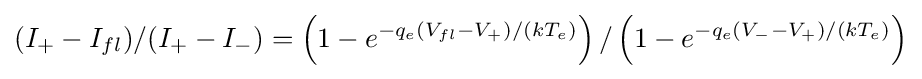
\left(I_{+}-I_{fl})/(I_{+}-I_{-}\right)=\left(1-e^{-q_{e}(V_{fl}-V_{+})/(kT_{e})}\right)/\left(1-e^{-q_{e}(V_{-}-V_{+})/(kT_{e})}\right)